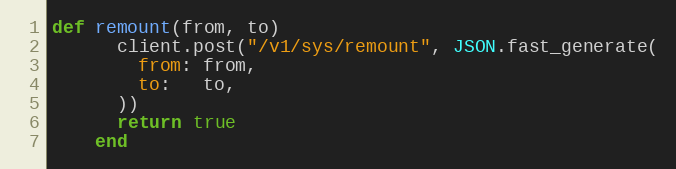
Language: Ruby
def remount(from, to)
      client.post("/v1/sys/remount", JSON.fast_generate(
        from: from,
        to:   to,
      ))
      return true
    end